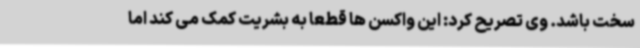
سخت باشد. وی تصریح کرد: این واکسن ها قطعا به بشریت کمک می کند اما